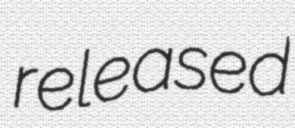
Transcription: released